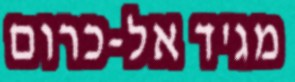
מג'ד אל-כרום